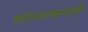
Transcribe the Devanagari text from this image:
कोलटकरांनी